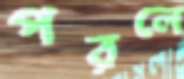
পরলে